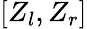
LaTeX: [Z_{l},Z_{r}]